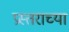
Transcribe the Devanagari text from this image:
प्रस्तराच्या